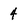
Character: 4